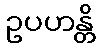
ဥပဟန္တိ